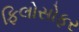
ફિલોસોફર